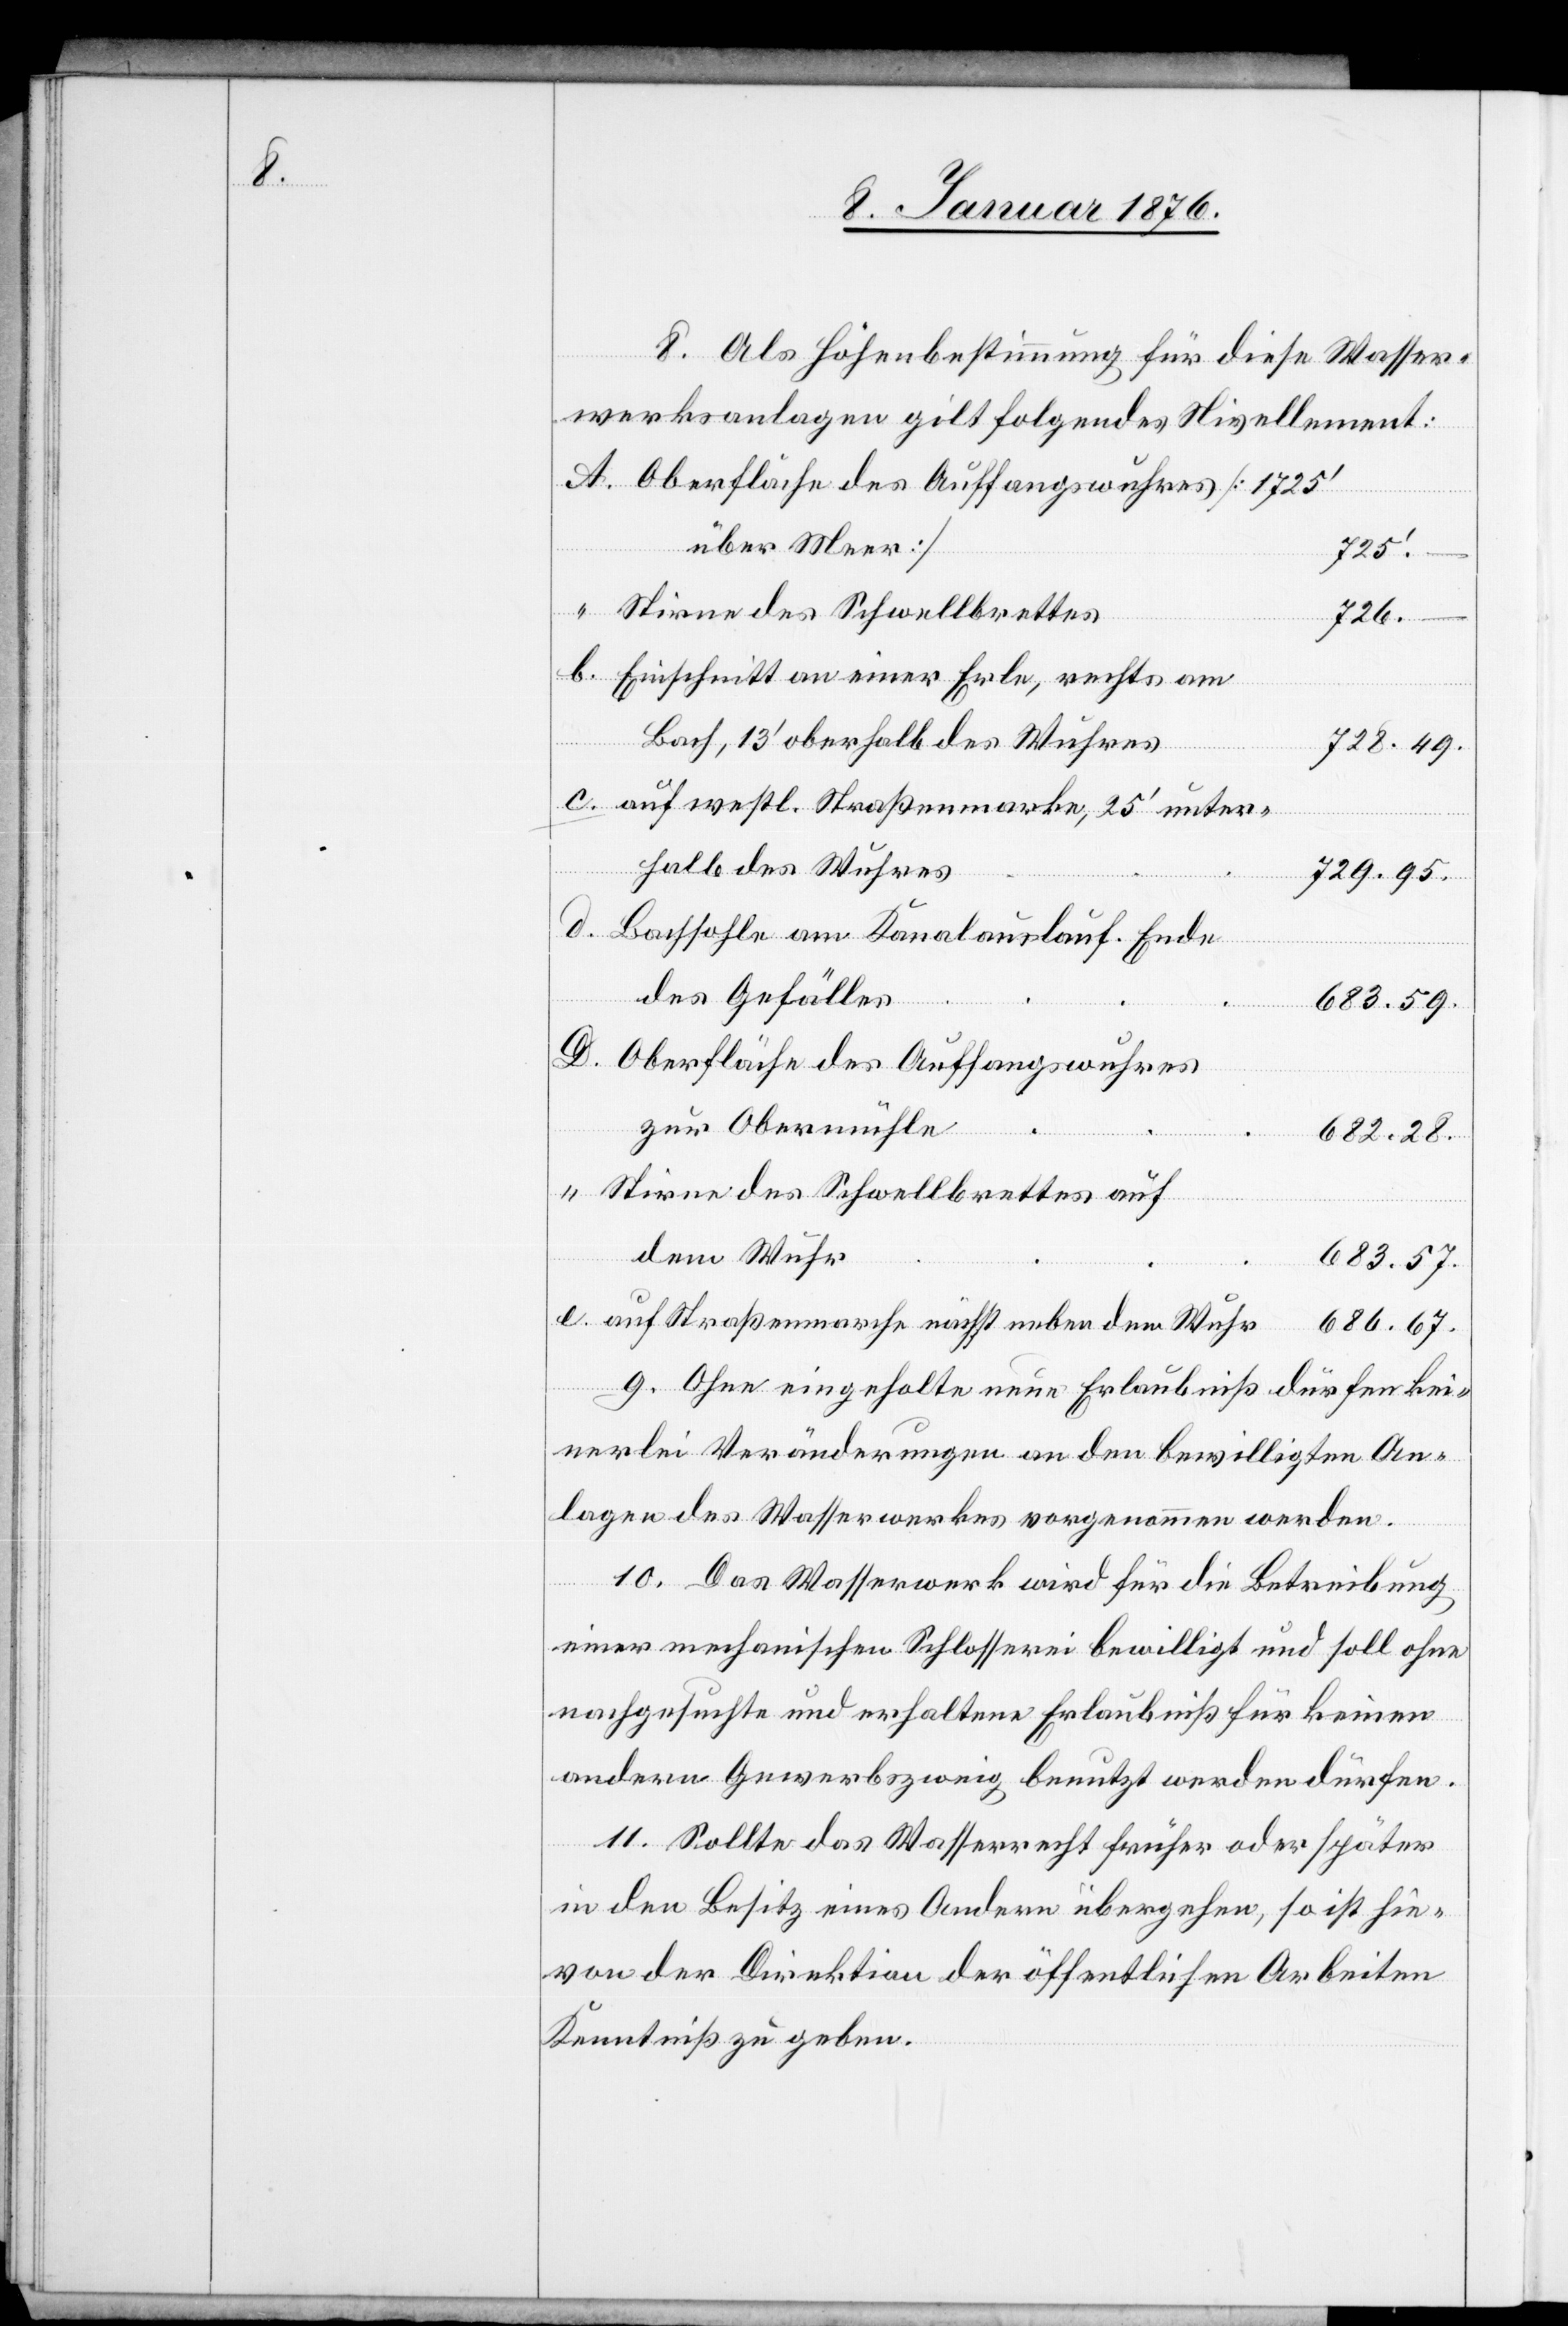
d.

8. Als Höhenbestimmung für diese Wasser¬
werksanlagen gilt folgendes Nivellement:
Oberfläche des Auffangswuhres [1725‘
über Meer]
683.
Stirne des Schwellbrettes
686.
Einschnitt an einer Erle, rechts am
Bach, 13‘ oberhalb des Wuhres
auf westl. Straßenmarke, 25‘ unter¬
halb des Wuhres
Bachsohle am Kanalauslauf. Ende
67.
des Gefälles
Oberfläche des Auffangswuhres
zur Obermühle
Stirne des Schwellbrettes auf
dem Wuhr
9. Ohne eingeholte neue Erlaubniß dürfen kei¬
nerlei Veränderungen an den bewilligten An¬
lagen des Wasserwerkes vorgenommen werden.
10. Das Wasserwerk wird für die Betreibung
einer mechanischen Schlosserei bewilligt und soll ohne
nachgesuchte und erhaltene Erlaubniß für keinen
andern Gewerbszweig benutzt werden dürfen.
11. Sollte das Wasserrecht früher oder später
in den Besitz eines Andern übergehen, so ist hie¬
von der Direktion der öffentlichen Arbeiten
Kenntniß zu geben.